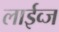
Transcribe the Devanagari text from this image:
लाईव्ज